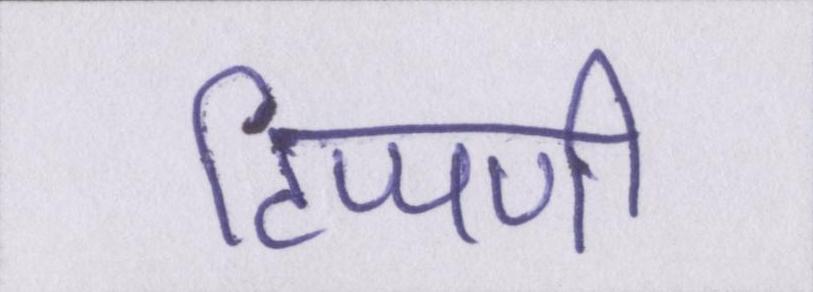
टिप्पणी